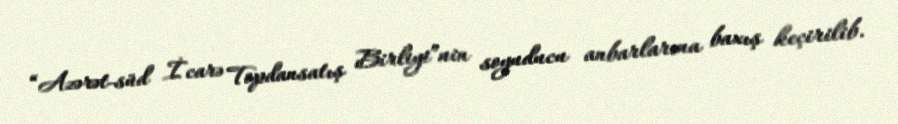
“Azərət-süd İcarə Topdansatış Birliyi”nin soyuducu anbarlarına baxış keçirilib.